Vaccination report Assam 1896-1927 - 1896-1927
Year: 1896
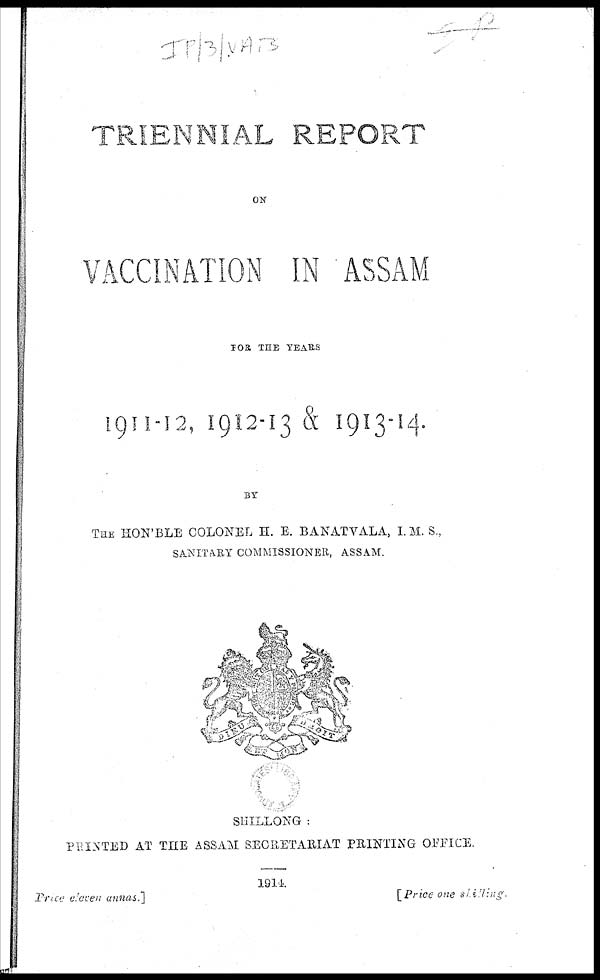
TRIENNIAL REPORT
ON
VACCINATION IN ASSAM
FOR THE YEARS
1911-12, 1912-13 & 1913-14.
BY
THE HON'BLE COLONEL H. E. BANATVALA, I. M. S.,
SANITARY COMMISSIONER, ASSAM.
SHILLONG :
PRINTED AT THE ASSAM SECRETARIAT PRINTING OFFICE.
1914.
Price eleven annas.]
[Price one shilling.